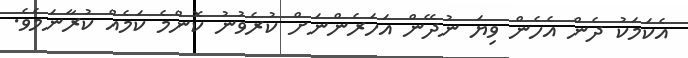
އެކަމަކު ދެން އެހެން ވިޔަ ނުދޭން އަހަރެންނަށް ކުރެވުނު ކޮންމެ ކަމެއް ކުރާނަމެވެ.